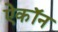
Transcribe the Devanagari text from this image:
ऐकॉन